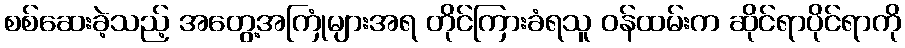
စစ်ဆေးခဲ့သည့် အတွေ့အကြုံများအရ တိုင်ကြားခံရသူ ဝန်ထမ်းက ဆိုင်ရာပိုင်ရာကို